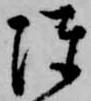
陳